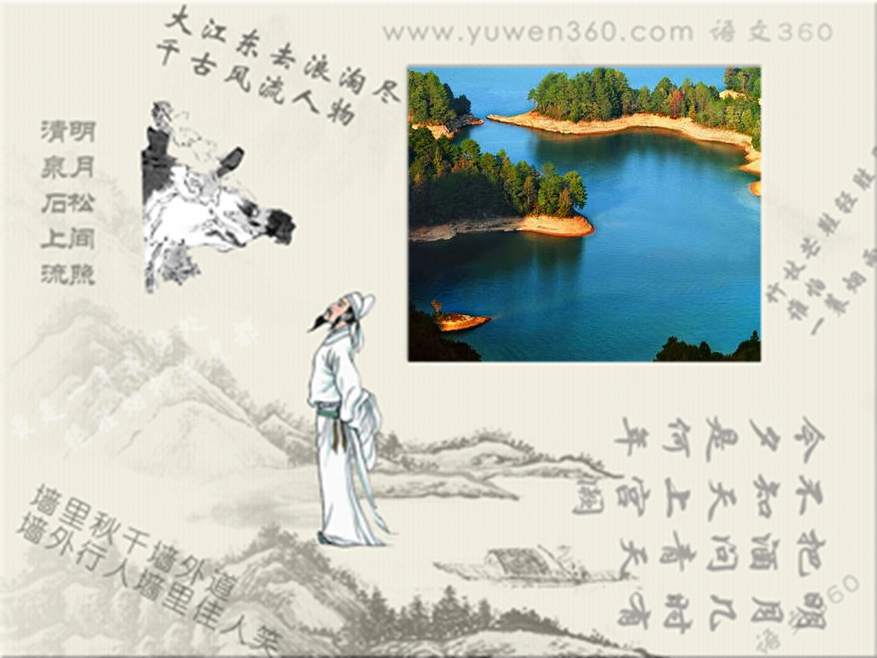
柳花惊雪浦，麦雨涨溪田。